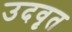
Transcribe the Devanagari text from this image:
उदवृत